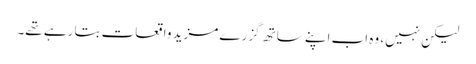
لیکن نہیں، وہ اب اپنے ساتھ گزرے مزید واقعات بتا رہے تھے۔